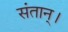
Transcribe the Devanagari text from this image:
संतान्।